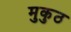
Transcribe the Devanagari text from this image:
मुकुठ